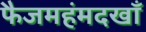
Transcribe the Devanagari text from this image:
फैजमहंमदखाँ